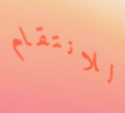
للانتقام